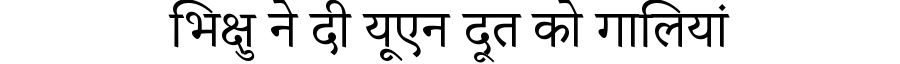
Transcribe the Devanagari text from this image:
भिक्षु ने दी यूएन दूत को गालियां